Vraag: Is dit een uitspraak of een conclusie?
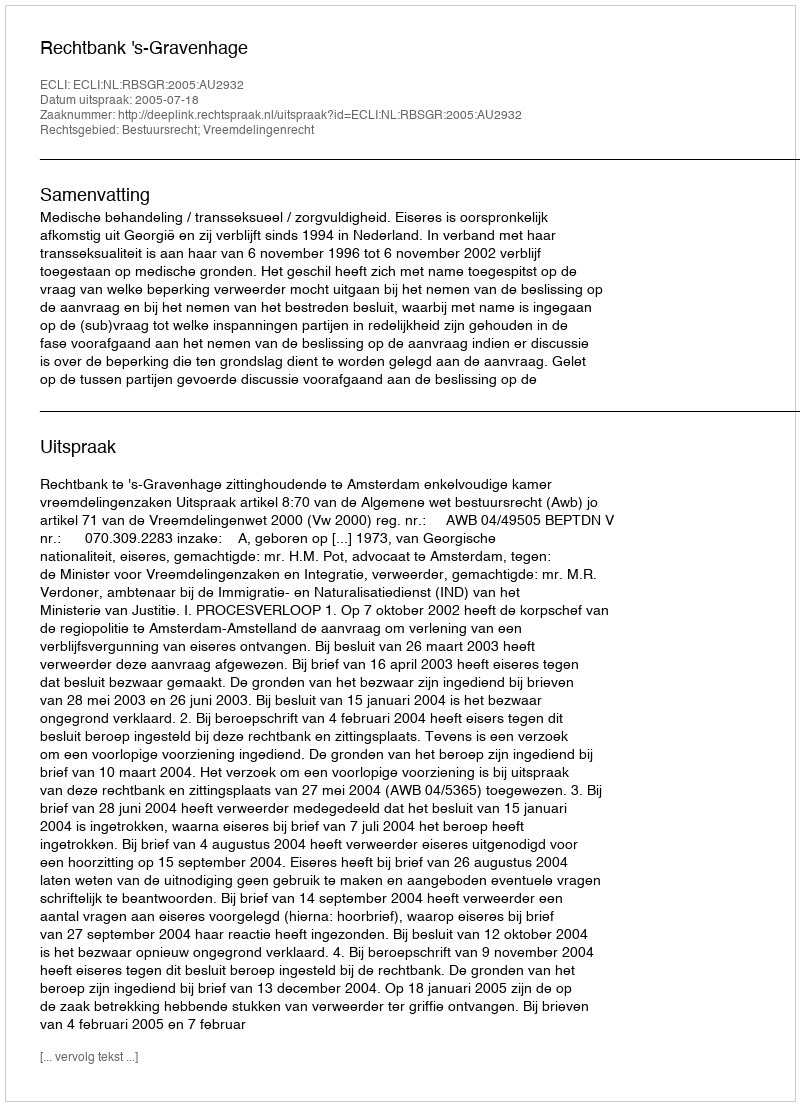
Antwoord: Uitspraak